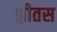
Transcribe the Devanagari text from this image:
श्लीतस